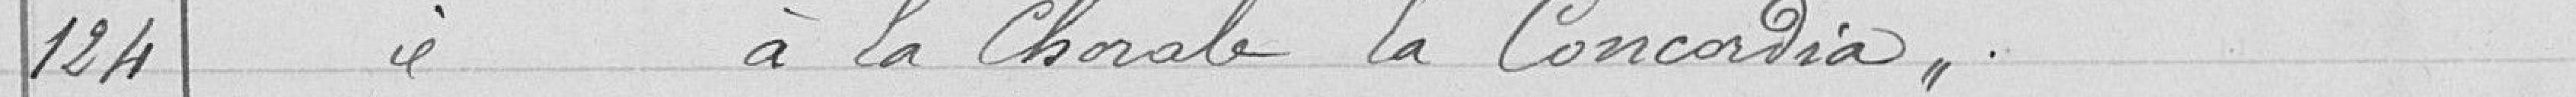
124 Subvention à la chorale la Concordia